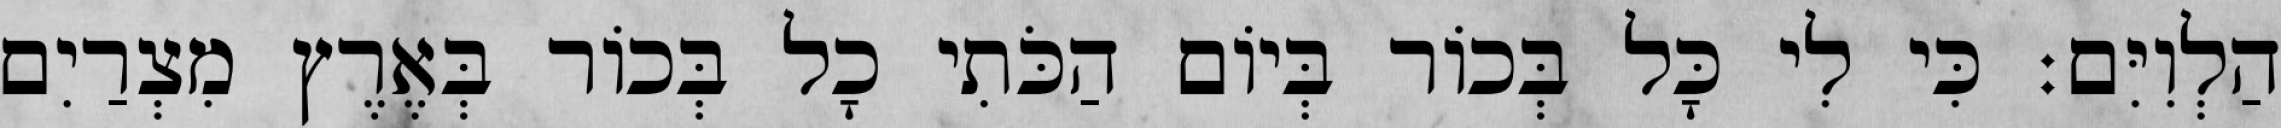
הַלְוִיִּם׃ כִּי לִי כָּל בְּכוֹר בְּיוֹם הַכֹּתִי כָל בְּכוֹר בְּאֶרֶץ מִצְרַיִם